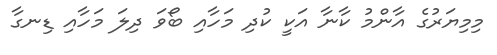
މިމިޔަރުގެ އާންމު ކާނާ އަކީ ކުދި މަހާއި ބޯވަ ދިލަ މަހާއި ޑިނގާ